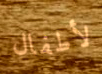
لأطفال